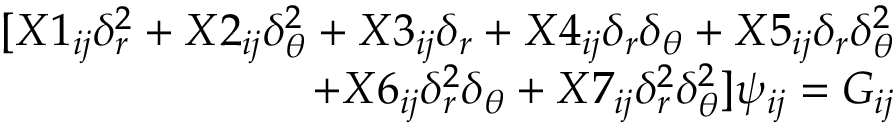
\begin{array} { r } { [ X 1 _ { i j } \delta _ { r } ^ { 2 } + X 2 _ { i j } \delta _ { \theta } ^ { 2 } + X 3 _ { i j } \delta _ { r } + X 4 _ { i j } \delta _ { r } \delta _ { \theta } + X 5 _ { i j } \delta _ { r } \delta _ { \theta } ^ { 2 } } \\ { + X 6 _ { i j } \delta _ { r } ^ { 2 } \delta _ { \theta } + X 7 _ { i j } \delta _ { r } ^ { 2 } \delta _ { \theta } ^ { 2 } ] \psi _ { i j } = G _ { i j } } \end{array}